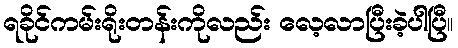
ရခိုင်ကမ်းရိုးတန်းကိုလည်း လေ့လာပြီးခဲ့ပါပြီ။